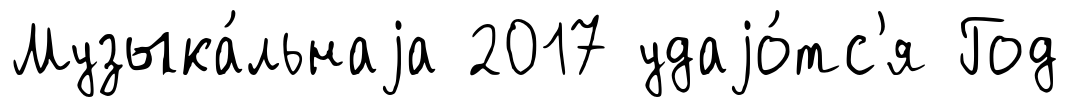
Музыка́льнаjа 2017 удаjо́тс'я Год